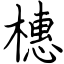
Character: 橞